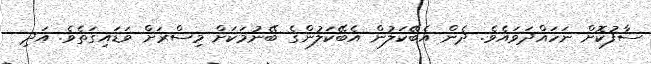
ސާފުކޮށް ނަހައްދަވައެވެ. ދެން އެބޭކަލުން އެބޭކަލުންގެ ބޭނުމަކަށް މިސްރަށް ވަޑައިގަތެވެ. އަދި